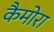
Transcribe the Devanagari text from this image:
कैमोरा